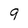
Character: 9